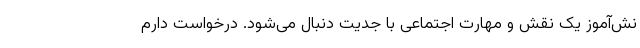
نش‌آموز یک نقش و مهارت اجتماعی با جدیت دنبال می‌شود. درخواست دارم